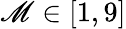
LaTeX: \mathscr{M}\in[1,9]